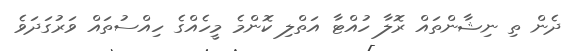
ދެން ތި ނިޝާންތައް ރޮލާ ހުއްޓާ އަތްލި ކޮންމެ މީހެއްގެ ހިއްސުތައް ވަރުގަދަވެ